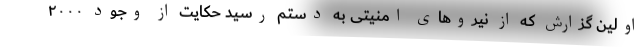
اولین گزارش که از نیروهای امنیتی به دستم رسید حکایت از وجود ۲۰۰۰